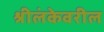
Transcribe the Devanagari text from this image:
श्रीलंकेवरील